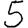
Digit: 5